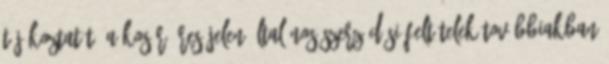
tájékoztatót. A kosár üres Jelen Általános Szerződési Feltételek továbbiakban